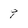
Character: 9